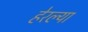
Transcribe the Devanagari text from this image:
हेरल्या